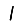
Digit: 1